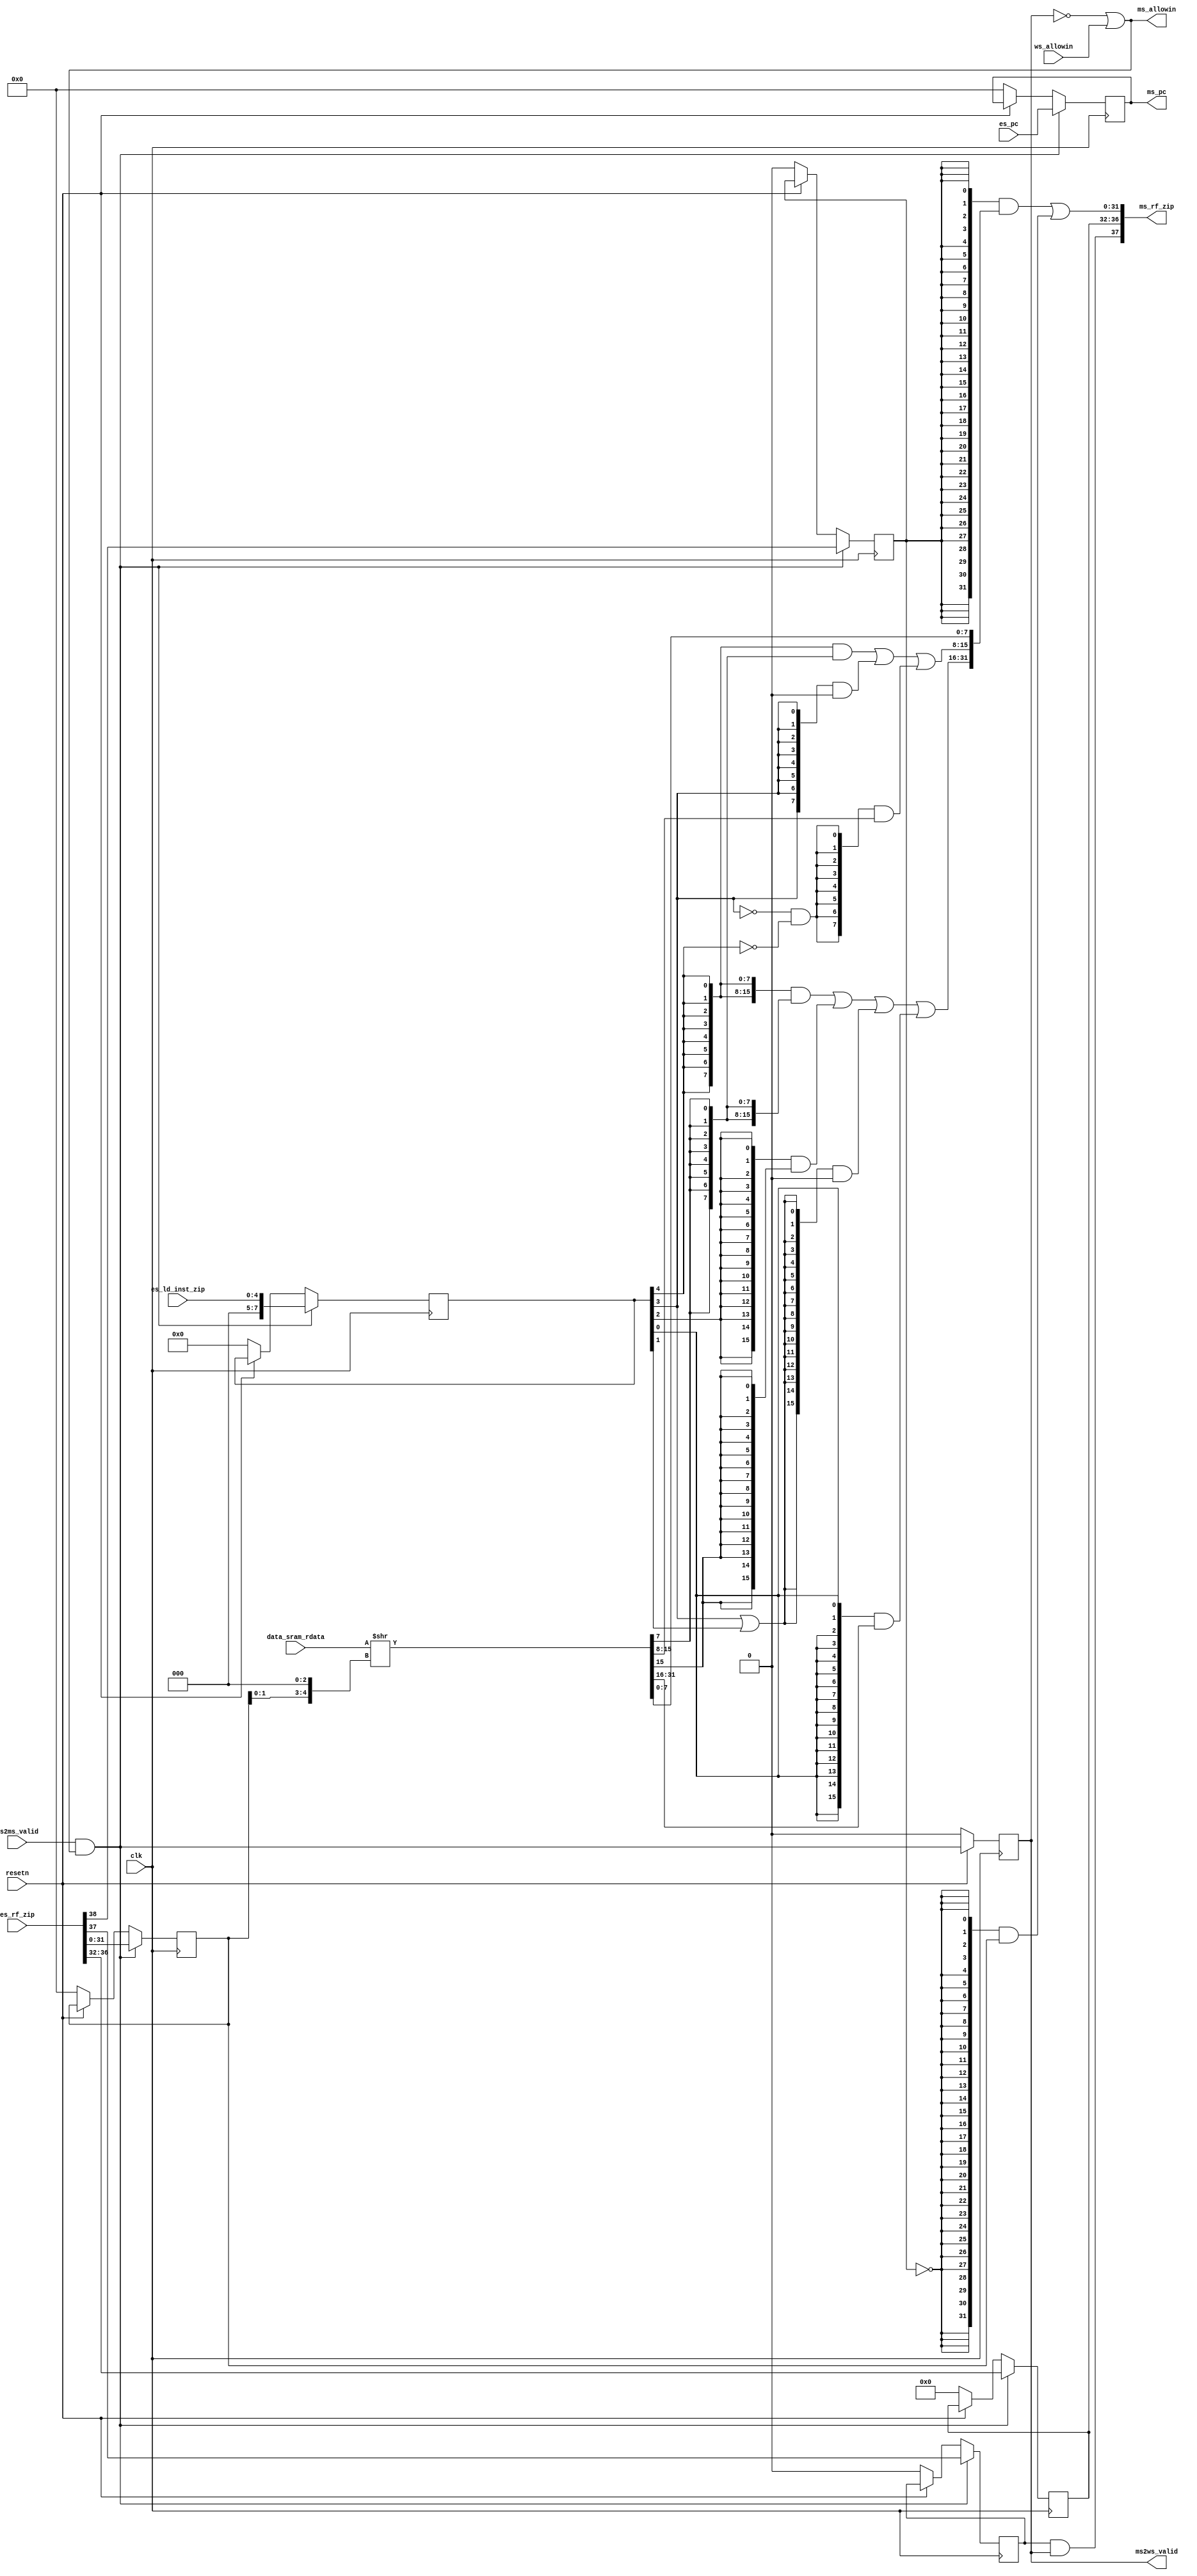
module MEMreg(
    input  wire        clk,
    input  wire        resetn,
    // exe and mem state interface
    output wire        ms_allowin,
    input  wire [38:0] es_rf_zip, // es2ms_bus{es_res_from_mem, es_rf_we, es_rf_waddr, es_rf_wdata}
    input  wire [ 4:0] es_ld_inst_zip,
    input  wire        es2ms_valid, // {op_ld_b, op_ld_bu,op_ld_h, op_ld_hu, op_ld_w}
    input  wire [31:0] es_pc,    
    // mem and wb state interface
    input  wire        ws_allowin,
    output wire [37:0] ms_rf_zip, // {ms_rf_we, ms_rf_waddr, ms_rf_wdata}
    output wire        ms2ws_valid,
    output reg  [31:0] ms_pc,
    // data sram interface
    input  wire [31:0] data_sram_rdata    
);
    wire        ms_ready_go;
    reg         ms_valid;
    reg  [31:0] ms_alu_result ; 
    reg         ms_res_from_mem;
    reg         ms_rf_we      ;
    reg  [4 :0] ms_rf_waddr   ;
    reg  [7 :0] ms_ld_inst_zip;
    wire [31:0] ms_rf_wdata   ;
    wire [31:0] ms_mem_result ;
    wire [31:0] shift_rdata   ;
//------------------------------state control signal---------------------------------------

    assign ms_ready_go      = 1'b1;
    assign ms_allowin       = ~ms_valid | ms_ready_go & ws_allowin;     
    assign ms2ws_valid      = ms_valid & ms_ready_go;
    always @(posedge clk) begin
        if(~resetn)
            ms_valid <= 1'b0;
        else
            ms_valid <= es2ms_valid & ms_allowin; 
    end

//------------------------------exe and mem state interface---------------------------------------
    always @(posedge clk) begin
        if(~resetn) begin
            ms_pc <= 32'b0;
            ms_ld_inst_zip <= 8'b0;
            {ms_res_from_mem, ms_rf_we, ms_rf_waddr, ms_alu_result} <= 38'b0;
        end
        if(es2ms_valid & ms_allowin) begin
            ms_pc <= es_pc;
            ms_ld_inst_zip <= es_ld_inst_zip;
            {ms_res_from_mem, ms_rf_we, ms_rf_waddr, ms_alu_result} <= es_rf_zip;
        end
    end
    // 
    assign {op_ld_b, op_ld_bu,op_ld_h, op_ld_hu, op_ld_w} = ms_ld_inst_zip;
    assign shift_rdata   = {24'b0, data_sram_rdata} >> {ms_alu_result[1:0], 3'b0};
    assign ms_mem_result[ 7: 0]   =  shift_rdata[ 7: 0];
    assign ms_mem_result[15: 8]   =  {8{op_ld_b}} & {8{shift_rdata[7]}} |
                                     {8{op_ld_bu}} & 8'b0               |
                                     {8{~op_ld_bu & ~op_ld_b}} & shift_rdata[15: 8];
    assign ms_mem_result[31:16]   =  {16{op_ld_b}} & {16{shift_rdata[7]}} |
                                     {16{op_ld_h}} & {16{shift_rdata[15]}}|
                                     {16{op_ld_bu | op_ld_hu}} & 16'b0    |
                                     {16{op_ld_w}} & shift_rdata[31:16];
    assign ms_rf_wdata = {32{ms_res_from_mem}} & ms_mem_result | {32{~ms_res_from_mem}} & ms_alu_result;
    assign ms_rf_zip  = {ms_rf_we & ms_valid, ms_rf_waddr, ms_rf_wdata};

endmodule